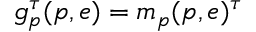
g _ { p } ^ { \tau } ( p , e ) = m _ { p } ( p , e ) ^ { \tau }